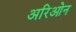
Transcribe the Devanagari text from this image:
अरिओन